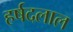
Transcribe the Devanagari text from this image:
हर्षदलाल